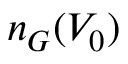
n _ { G } ( V _ { 0 } )